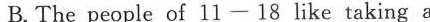
B. The people of 11—18 like taking a